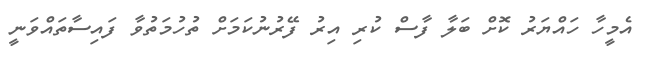
އެމީހާ ހައްޔަރު ކޮށް ބަލާ ފާސް ކުރި އިރު ފޭރުނުކަމަށް ތުހުމަތުވާ ފައިސާތައްވަނީ